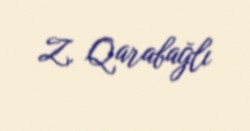
Z. Qarabağlı